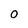
Character: o